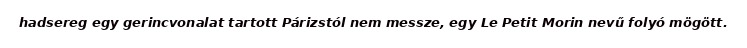
hadsereg egy gerincvonalat tartott Párizstól nem messze, egy Le Petit Morin nevű folyó mögött.